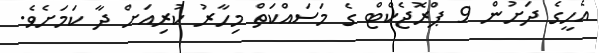
އެހީގެ ދަށުން 9 ޕްރޮޖެކްޓް ގެ މަސައްކަތް މިހާރު ކުރިއަށް ދާ ކަމަށެވެ.